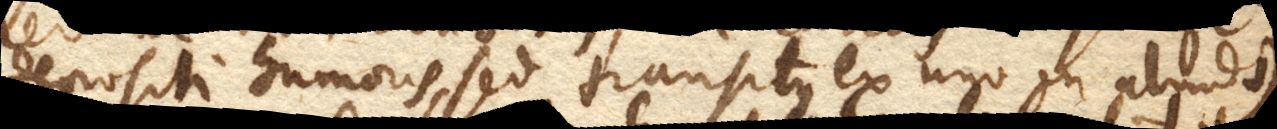
depositi humoris, sed transitus ex uno in aliud +).